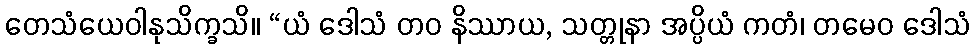
တေသံယေဝါနုသိက္ခသိ။ “ယံ ဒေါသံ တဝ နိဿာယ, သတ္တုနာ အပ္ပိယံ ကတံ၊ တမေဝ ဒေါသံ